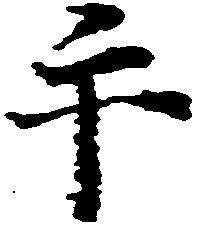
手